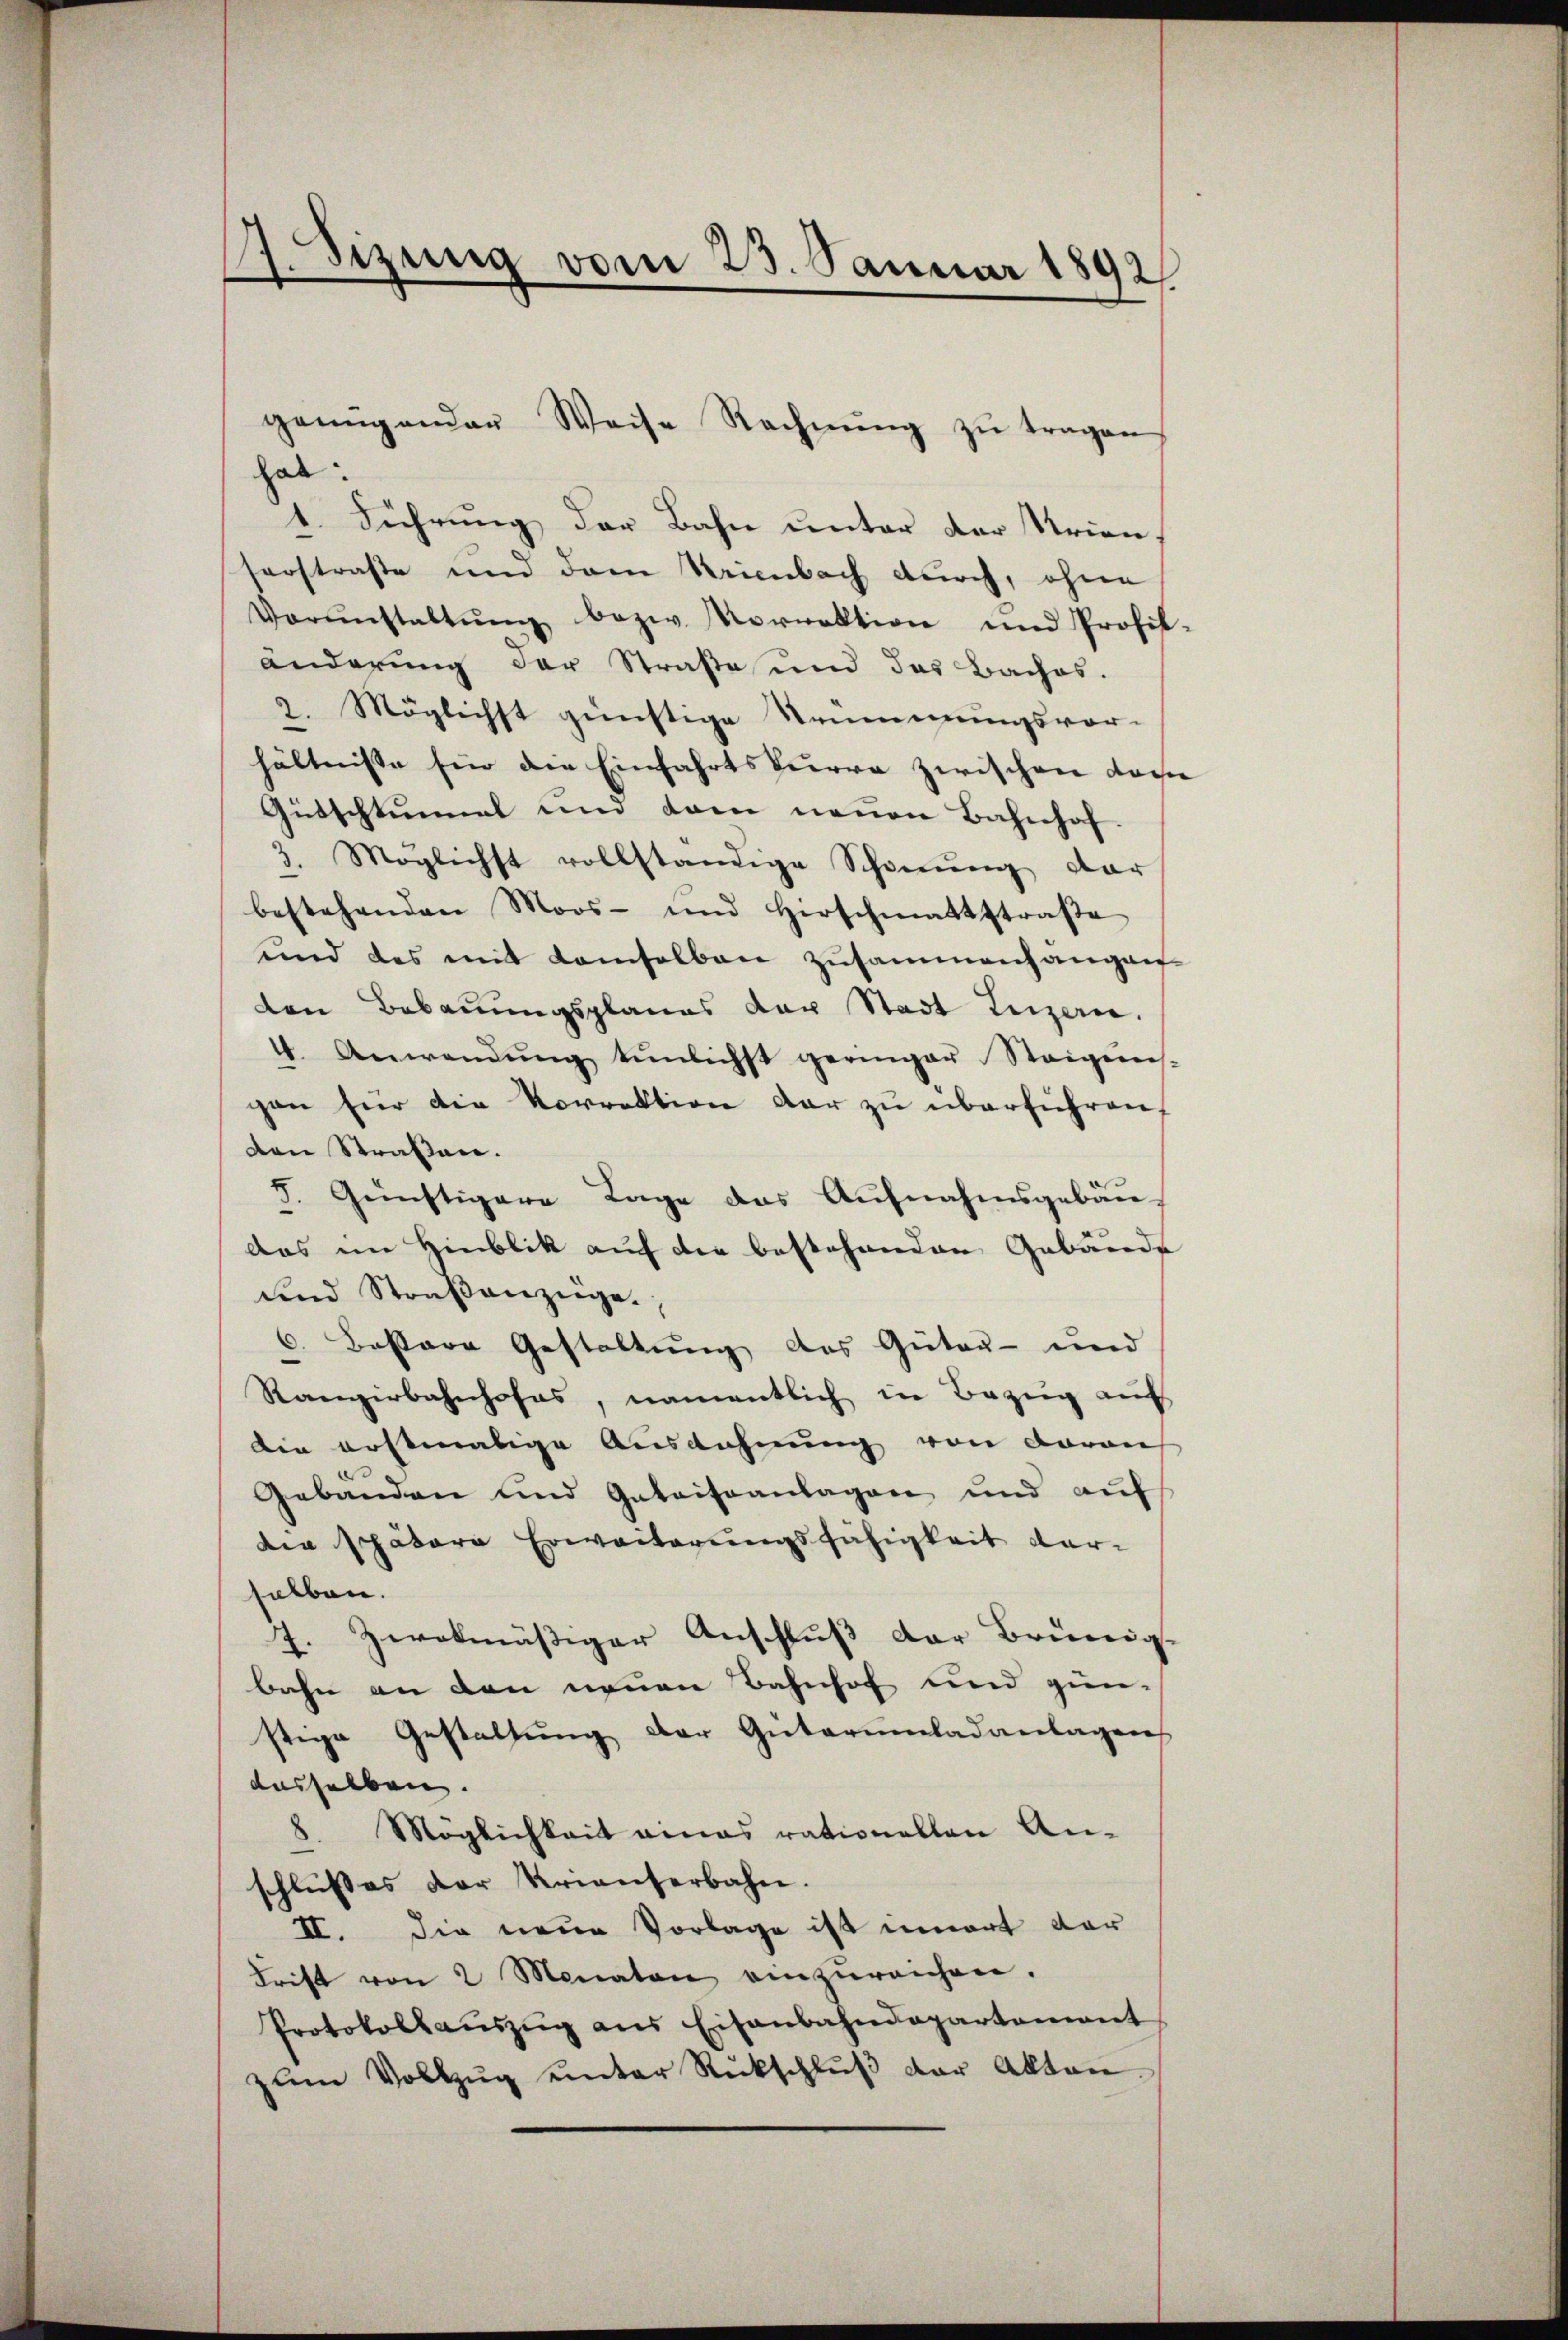
.
dizung
vom 23. Januar 1892

genug ander
hab.
4. Führung der Bahn unter der Krien,
serstraße und dem Krienbach durch, ohne
Vorŭnstaltŭng bezw. Vorrektion und Profil-
änderung der Straße und das Bachos.
2. Möglichst günstige Strümmungsvor-
hältnisse für die Einfahrtskurre zwischen dage
Gütschlummel und dem neuen Bahnhof.
3. Möglichst vollständige Schonung dar
bestehenden Moos- und Hirschmattstraβe
und das mit demselben zusammenhangen
den Bebauungsplanes der Stadt Luzern.
4. Anwendŭng einlichst geringer Steigens-
gan für die Vorrektion der zu überführen,
den Straßen.
8. Günstigere Lage das Aufnahmsgebäu-
das im Hinblik auf die bestehenden Gebäude
sind Straßenzüge.
6. Bessere Gestaltung des Güter- und
Rangerbahnhofes, namentlich in Bezug auf
Die erstmalige Ausdehnung von daran
Gebäuden und Geteiseanlagen und aŭf
die spätere Erweiterungsfähigkeit darselben.
7. Zwekmäßiger Anschluß der Brünnig-
bahn an den neuen Bahnhof und gien-
stige Gestaltung der Guterumladanlagen
dasselben.
.
Möglichkeit ainas rationellen Anschlußes der Krianterbahn.
II. Die neue Vorlage ist innert der
Frist von 2 Monaten einzŭreichen.
Protokollaŭszŭg ans Eisenbahndepartement
zŭm Vollzŭg ŭnter Rückschlŭβ der Akten.

Weise Rechnŭng zŭ tragen